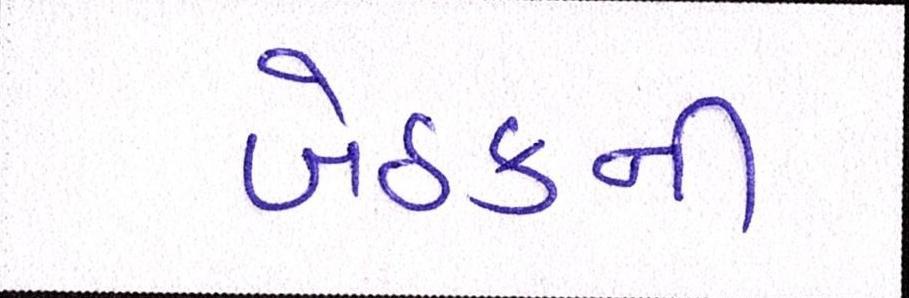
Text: બેઠકની